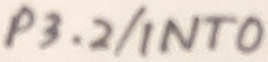
Text: P3.2/INT0